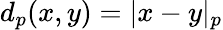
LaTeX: d_{p}(x,y)=|x-y|_{p}